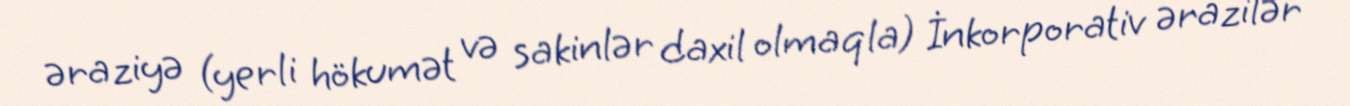
əraziyə (yerli hökumət və sakinlər daxil olmaqla) İnkorporativ ərazilər